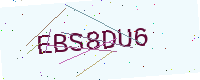
Text: EBS8DU6